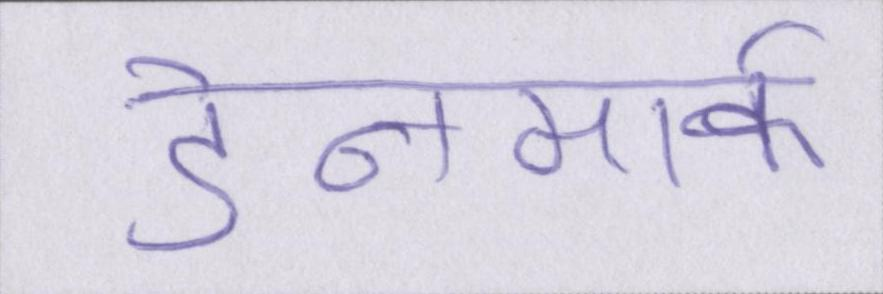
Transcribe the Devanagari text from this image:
डेनमार्क